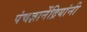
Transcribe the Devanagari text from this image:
पंचज्ञानेंद्रियांनी